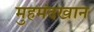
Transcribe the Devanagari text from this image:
मुहमंदखान